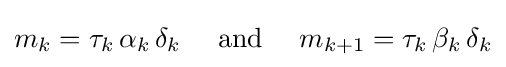
m_{k}=\tau _{k}\,\alpha _{k}\,\delta _{k}\quad {\text{ and }}\quad m_{k+1}=\tau _{k}\,\beta _{k}\,\delta _{k}